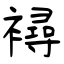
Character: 襑